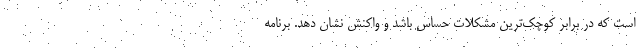
است که در برابر کوچک‌ترین مشکلات حساس باشد و واکنش نشان دهد. برنامه